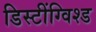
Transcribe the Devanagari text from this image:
डिस्टींग्विश्ड